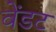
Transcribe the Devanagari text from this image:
वेंडट